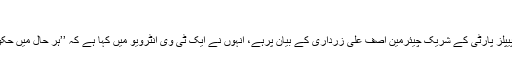
‘‘
شاہد خاقان عباسی کی بے چینی اور غیر یقینی کیفیت اپنی جگہ، مگر حیرت سابق صدر اور پیپلز پارٹی کے شریک چیئرمین آصف علی زرداری کے بیان پرہے، انہوں نے ایک ٹی وی انٹرویو میں کہا ہے کہ ’’ہر حال میں حکومت نہیں چاہتے لیکن جس کو بھی حکومت بنانا ہوگی اُسے ہم سے بات ضرور کرنا ہوگی‘‘۔